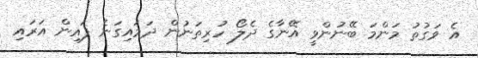
އެ ވަގުތު މަންމަ ބޭނުންވީ އޭނާގެ ދެލޯ ހުރިތަނުން ދަމައިގަނެ ފައިން އަރައި